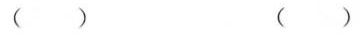
( ) ( )